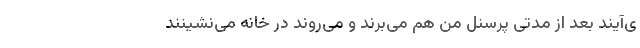
ی‌آیند بعد از مدتی پرسنل من هم می‌بُرند و می‌روند در خانه می‌نشینند